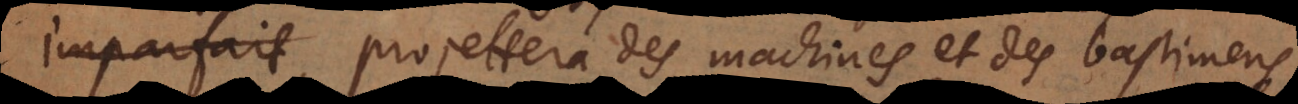
imaginaire projettera des machines et des bastimens